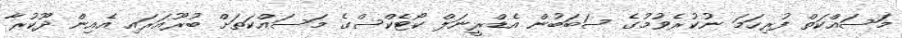
މަސައްކަތް ފުރިހަމަ ނުކުރެވުމުގެ ސަބަބުން އެޑްރީނަލް ކޯޓެކްސްގެ މަސައްކަތަށް ބުރޫއަރައި އެއިން ދޫކުރާ